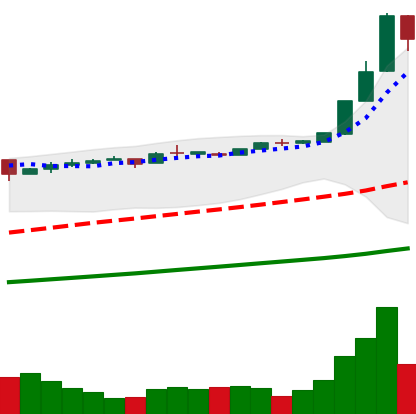
Ticker: BTC-USD
Chart end date: 2016-12-24
Forward return: 8.308%
Label: up_7plus